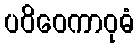
ပဝိဝေကာဝုဓံ